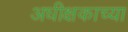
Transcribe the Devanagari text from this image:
अधीक्षकाच्या